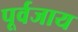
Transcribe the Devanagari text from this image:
पूर्वजाय